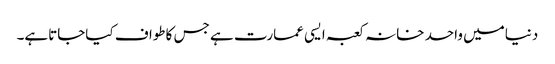
دنیامیں واحد خانہ کعبہ ایسی عمارت ہے جس کاطواف کیاجاتاہے۔